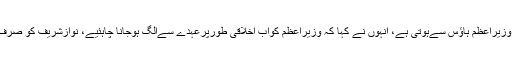
پہلے بھی کہا تھا کہ غیراخلاقی گفتگو کی سرپرستی وزیراعظم ہاؤس سےہوتی ہے، انہوں نے کہا کہ وزیراعظم کواب اخلاقی طورپرعہدے سےالگ ہوجانا چاہئیے، نوازشریف کو صرف ہتھکڑی لگنے کی دیر ہے باقی تو سب ثابت ہوچکا۔